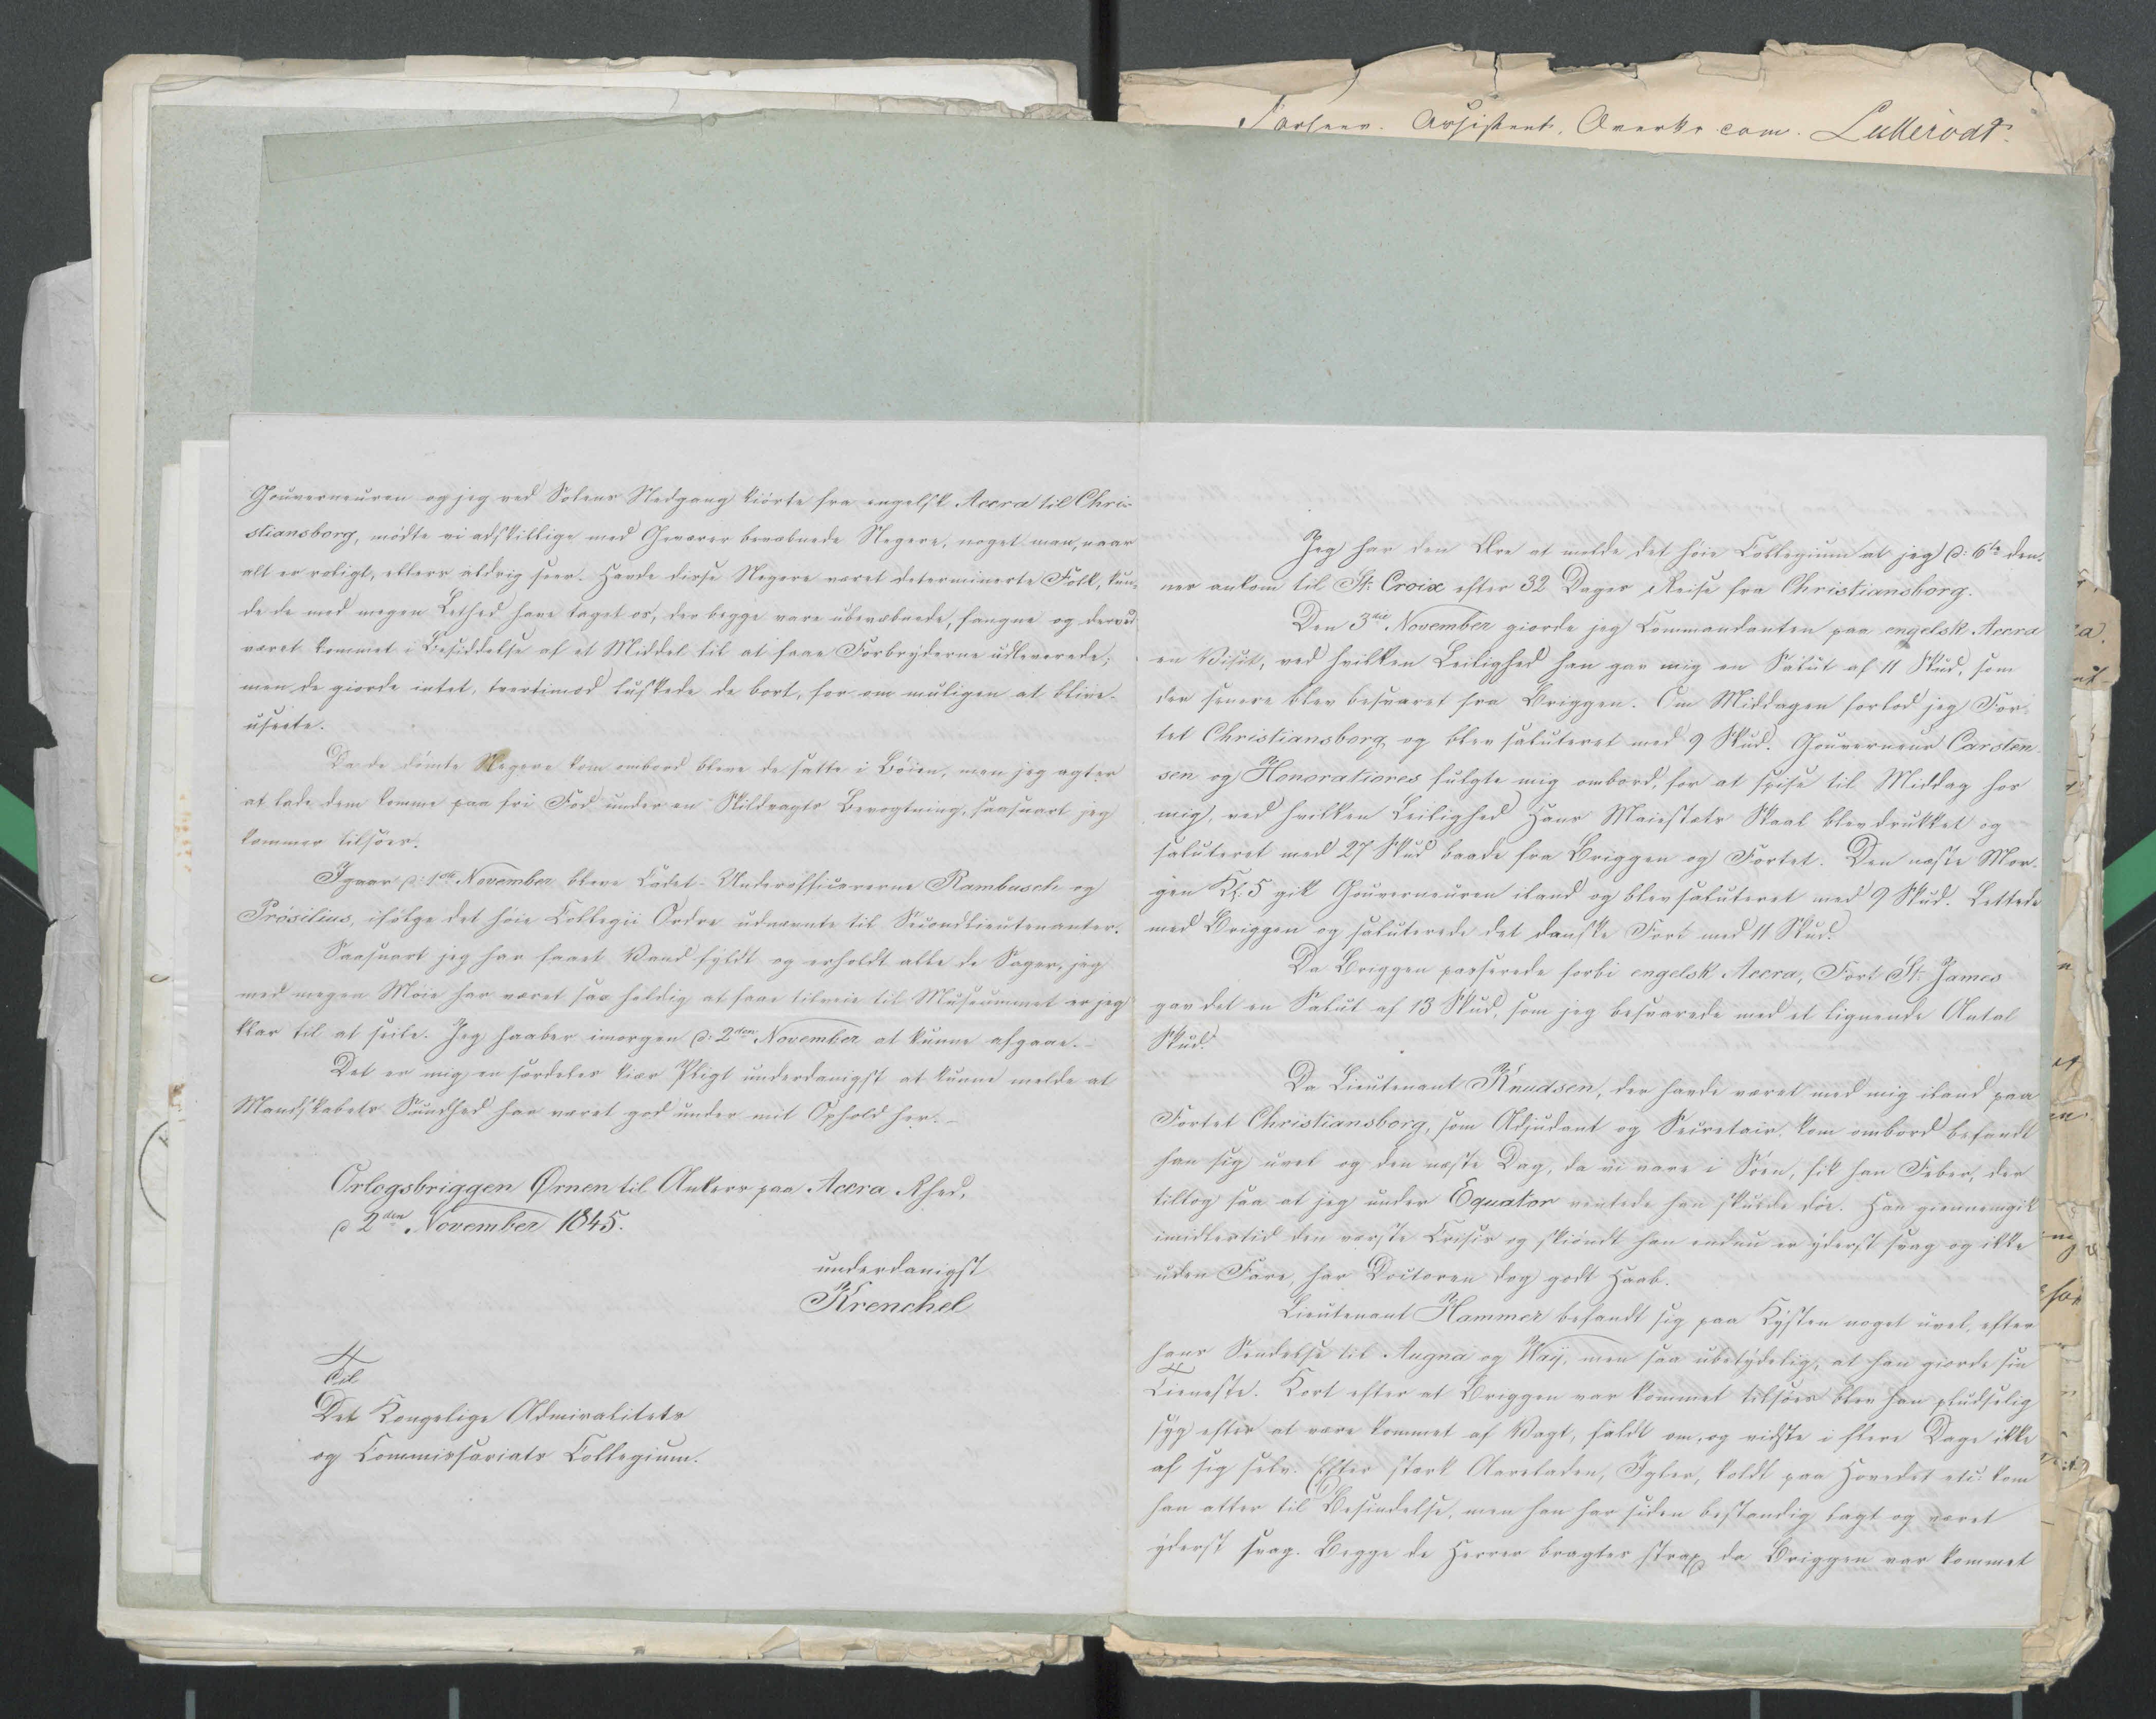
Transkription:
Gouverneuren og jeg ved Solens Nedgang kiørte fra engelsk Accra til Chri=
stiansborg, mødte vi adskillige med Geværer bevæbnede Negere, noget man, naar
alt er roligt, ellers aldrig seet. Havde disse Negere været determinerte Folk, kun=
de de med megen Lethed have taget os, der begge vare ubevæbnede, fangne og derved
været kommet i Besiddelse af et Middel til at faae Forbryderne udleverede;
men de giorde intet, tvertimod luskede de bort, for om muligen at blive
useete.
Da de dømte Negere kom ombord bleve de satte i Bøien, men jeg agter
at lade dem komme paa fri Fod under en Skildvagts Bevogtning, saasnart jeg
kommer tilsøes.
Igaar d: 1ste November bleve Cadet-Underofficererne Rambusch og
Prøsilius, ifølge det høie Collegii Ordre udnævnte til Secondlieutenanter.
Saasnart jeg har faaet Vand fyldt og erholdt alle de Sager, jeg
med megen Møie har været saa heldig at faae tilveie til Museummet er jeg
klar til at seile. Jeg haaber imorgen d: 2den November at kunne afgaae. -
Det er mig en særdeles kiær Pligt underdanigst at kunne melde at
Mandskabets Sundhed har været god under mit Ophold her. -
Orlogsbriggen Ørnen til Ankers paa Accra Rhed.
d 2den November 1845.
underdanigst
Krenchel
Til
Det Kongelige Admiralitets
og Commissariats Collegium.

Jeg har den Ære at melde det høie Collegium at jeg d: 10de den=
nes ankom til St: Croix efter 32 Dages Reise fra Christiansborg.
Den 3die November giorde jeg Commandanten paa engelsk Accra
en Visit, ved hvilken Leilighed han gav mig en Salut af 11 Skud, som 
der senere blev besvaret fra Briggen. Om Middagen forlod jeg For=
tet Christiansborg, og blev saluteret med 9 Skud. Gouverneur Carsten=
sen og Honoratiores fulgte mig ombord, for at spise til Middag hos
mig, ved hvilken Leilighed Hans Maiestæts Skaal blev drukket og
saluteret med 27 Skud baade fra Briggen og Fortet. Den næste Mor=
gen Kl: 5 gik Gouverneuren iland og blev saluteret med 9 Skud. Lettede
med Briggen og saluterede det danske Fort med 11 Skud.
Da Briggen passerede fprbi engelsk Accra, Fort St: James
gav det en Salut af 13 Skud, som jeg besvarede med et lignende Antal
Skud.
Da Lieutenant Knudsen, der havde været med mig iland paa
Fortet Christiansborg, som Adjudant og Secretair, kom ombord befandt
han sig uvel og den næste Dag, da vi vare i Søen, fik han Feber, den
tiltog saa at jeg under Equator ventede han skulde døe. Han giennemgik
imidlertid den værste Crisis og skiøndt han endnu er yderst svag og ikke
uden Fare, har Doctoren dog godt Haab.
Lieutenant Hammer befandt sig paa Kysten noget uvel, efter
hans Sendelse til Augna og Way, men saa ubetydelig, at han giorde sin
Tieneste. Kort efter at Briggen var kommet tilsøes blev han pludselig
syg efter at være kommet af Vagt, faldt om, og vidste i flere Dage ikke
af sig selv. Efter stærk Aareladen, Igler, koldt paa Hovedet etc: kom
han atter til Besindelse, men han har siden bestandig lagt og været
yderst svag. Begge de Herrer bragtes strax da Briggen var kommet